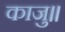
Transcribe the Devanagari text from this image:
काजु॥